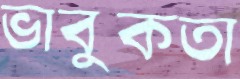
ভাবুকতা